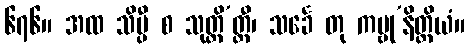
၆၇၆။ အထ သိပ္ပီ စ သုတ္တိ’တ္ထီ၊ သင်္ခေ တု ကမ္ဗု’နိတ္ထိယံ။